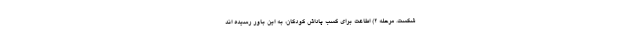
شکست. مرحله 2) اطاعت برای کسب پاداش کودکان، به این باور رسیده اند